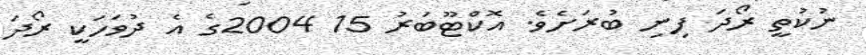
ނުކުތީ ރޯދަ ފިނި ބުރަށެވެ. އޮކްޓޫބަރު 15 2004ގެ އެ ދުވަހަކީ ރޯދަ